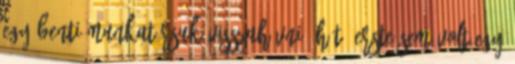
egy benti munkatársuk visszahívni. Hát, ERSTE sem volt egy